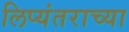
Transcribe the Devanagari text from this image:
लिप्यंतराच्या